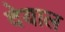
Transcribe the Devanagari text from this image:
देयाल